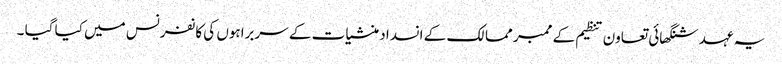
یہ عہد شنگھائی تعاون تنظیم کے ممبر ممالک کے انسداد منشیات کے سربراہوں کی کانفرنس میں کیا گیا ۔